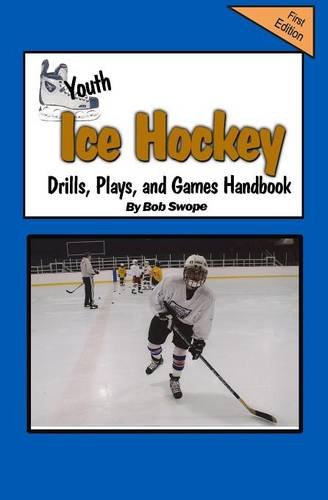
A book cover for Youth Ice Hockey Drills, Plays, and Games Handbook (Drills and Plays Series 3, Book 8); Bob Swope; Sports & Outdoors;